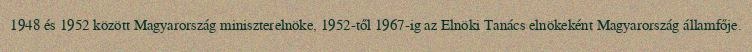
1948 és 1952 között Magyarország miniszterelnöke, 1952-től 1967-ig az Elnöki Tanács elnökeként Magyarország államfője.